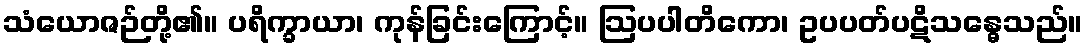
သံယောဇဉ်တို့၏။ ပရိက္ခာယာ၊ ကုန်ခြင်းကြောင့်။ ဩပပါတိကော၊ ဥပပတ်ပဋိသန္ဓေသည်။